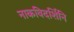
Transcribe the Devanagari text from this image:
नाकविदर्शिनि